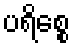
ပရိစ္စေ